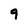
Character: 9